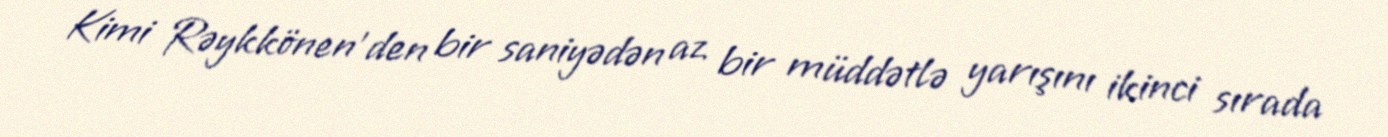
Kimi Rəykkönen'den bir saniyədən az bir müddətlə yarışını ikinci sırada